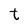
Character: t